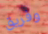
وفريق